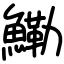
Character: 鰳